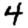
Digit: 4